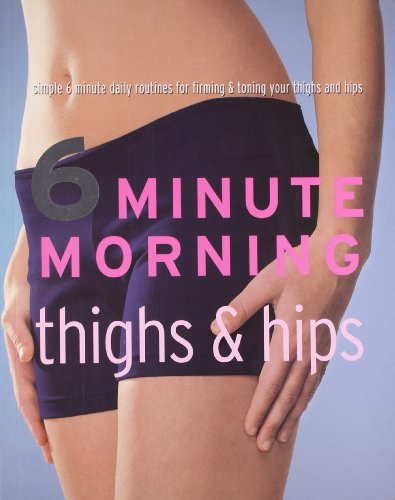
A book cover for Thighs and Hips (6 Minute Morning); Parragon Books; Health, Fitness & Dieting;